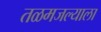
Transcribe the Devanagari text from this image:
तळमजल्याला